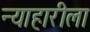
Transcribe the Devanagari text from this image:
न्याहारीला